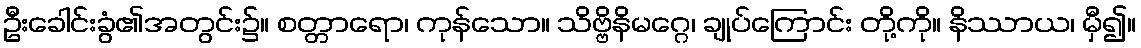
ဦးခေါင်းခွံ၏အတွင်း၌။ စတ္တာရော၊ ကုန်သော။ သိဗ္ဗိနိမဂ္ဂေ၊ ချုပ်ကြောင်း တို့ကို။ နိဿာယ၊ မှီ၍။